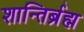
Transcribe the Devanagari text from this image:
शान्तिर्ब्रह्म